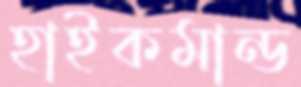
হাইকমান্ড